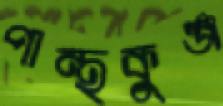
পান্থকুঞ্জ